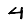
Digit: 4